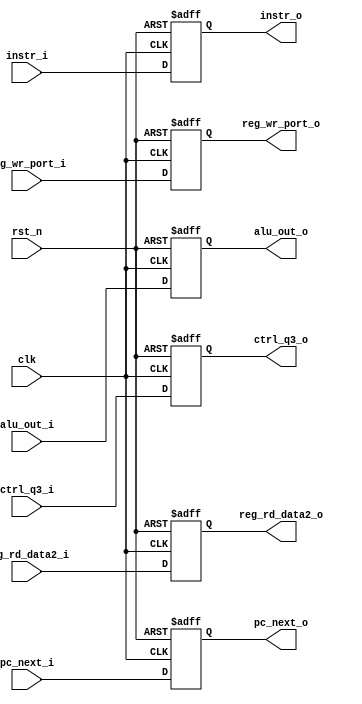
/* execute/ALU to memory access */
module q3q4 #(
    parameter CTRL_WIDTH = 16
) (
    input                      clk,
    input                      rst_n,
    input  [             31:0] pc_next_i,
    output [             31:0] pc_next_o,
    input  [             31:0] alu_out_i,
    output [             31:0] alu_out_o,
    input  [             31:0] reg_rd_data2_i,
    output [             31:0] reg_rd_data2_o,
    input  [              4:0] reg_wr_port_i,
    output [              4:0] reg_wr_port_o,
    input  [CTRL_WIDTH -1 : 0] ctrl_q3_i,
    output [CTRL_WIDTH -1 : 0] ctrl_q3_o,
    input  [             31:0] instr_i,
    output [             31:0] instr_o
);

  reg [           31:0] next_pc_next;
  reg [           31:0] next_alu_out;
  reg [           31:0] next_reg_rd_data2;
  reg [           31:0] next_reg_wr_port;
  reg [CTRL_WIDTH -1:0] next_ctrl_q3;
  reg [           31:0] next_instr;

  always @(posedge clk or negedge rst_n) begin
    if (~rst_n) begin
      next_pc_next <= 0;
      next_alu_out <= 0;
      next_reg_wr_port <= 0;
      next_reg_rd_data2 <= 0;
      next_ctrl_q3 <= 0;
      next_instr <= 32'h00000013;  //  NOP;
    end else begin
      next_pc_next <= pc_next_i;
      next_alu_out <= alu_out_i;
      next_reg_rd_data2 <= reg_rd_data2_i;
      next_reg_wr_port <= reg_wr_port_i;
      next_ctrl_q3 <= ctrl_q3_i;
      next_instr <= instr_i;
    end
  end

  assign pc_next_o = next_pc_next;
  assign alu_out_o = next_alu_out;
  assign reg_rd_data2_o = next_reg_rd_data2;
  assign reg_wr_port_o = next_reg_wr_port;
  assign ctrl_q3_o = next_ctrl_q3;
  assign instr_o = next_instr;

endmodule